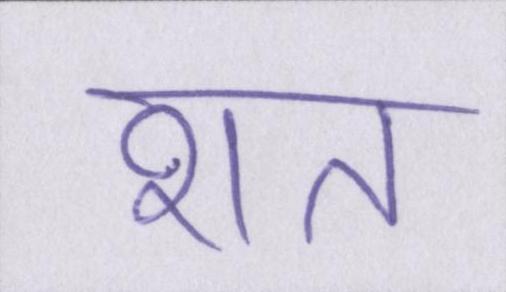
शत